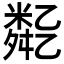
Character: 𠄈